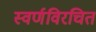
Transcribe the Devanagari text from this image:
स्वर्णविरचित